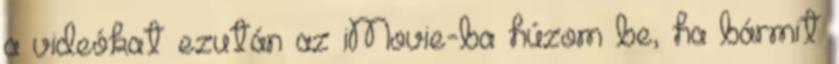
a videókat ezután az iMovie-ba húzom be, ha bármit